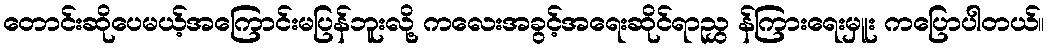
တောင်းဆိုပေမယ့်အကြောင်းမပြန်ဘူးလို့ ကလေးအခွင့်အရေးဆိုင်ရာညွှ န်ကြားရေးမှူး ကပြောပါတယ်။